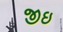
જીઇ